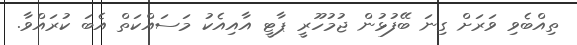
ތިއްބެވި ވަރަށް ގިނަ ބޭފުޅުން ޖުމުހޫރީ ޕާޓީ އާއިއެކު މަސައްކަތް އެބަ ކުރައްވާ.